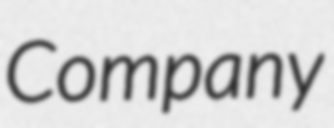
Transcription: Company